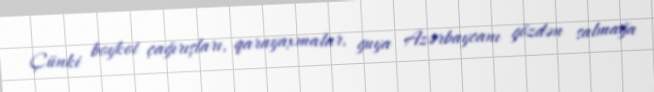
Çünki boykot çağırışları, qarayaxmalar, guya Azərbaycanı gözdən salmağa